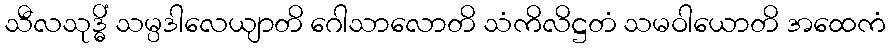
သီလသုဒ္ဓိံ သမ္ပဒါလေယျာတိ ဂေါသာလောတိ သံကိလိဋ္ဌတံ သမဝါယောတိ အထေကံ